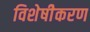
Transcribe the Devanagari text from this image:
विशेषीेकरण